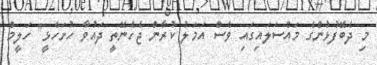
މި ދެބޭފުޅުންގެ މައްސަލައިގައި ވެސް އަމަލު ކުރާން ޖެހެނޭތީ ދައުވާ ހުށަހެޅީ" ހަލީމް